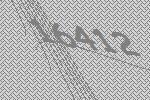
16412